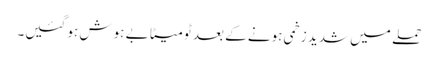
حملے میں شدید زخمی ہونے کے بعد ٹومیٹا بے ہوش ہو گئیں۔